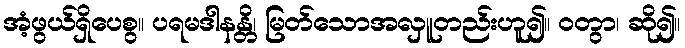
အံ့ဖွယ်ရှိပေစွ။ ပရမဒါနန္တိ၊ မြတ်သောအလှူတည်းဟူ၍။ ဝတွာ၊ ဆို၍။